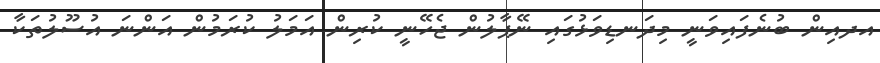
އދއިން ބުނެފައިވަނީ މިދަނޑިވަޅުގައި ނޭޕާލުން ޖެހޭނީ ކުރިން އަމަލު ކުރަމުން އަންނަ އުސޫލުތަކާ